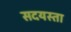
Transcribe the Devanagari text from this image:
सदयस्ता